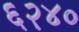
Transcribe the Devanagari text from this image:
६२४०